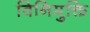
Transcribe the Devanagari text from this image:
विनिमुक्ति